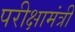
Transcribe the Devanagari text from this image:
परीक्षामंत्री